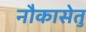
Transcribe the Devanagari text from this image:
नौकासेतु